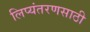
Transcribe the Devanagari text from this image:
लिप्यंतरणसाठी